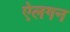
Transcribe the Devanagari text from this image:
ऐलगन